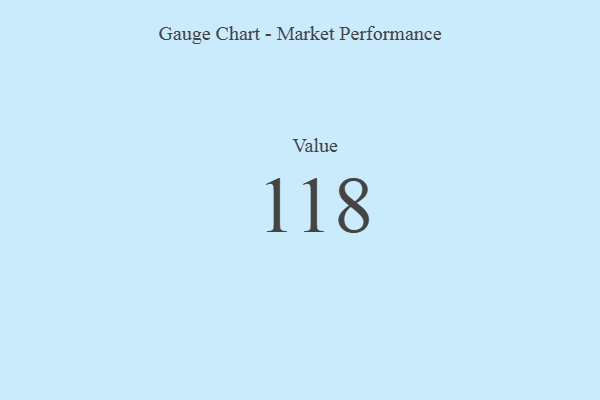
{"axis": {"x": "Metric", "y": "Value"}, "legend": [""], "data": [{"x": "Value", "y": 118, "type": ""}]}